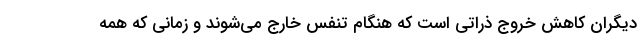
دیگران کاهش خروج ذراتی است که هنگام تنفس خارج می‌شوند و زمانی که همه